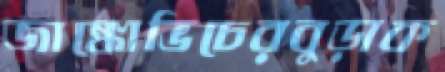
জাঙ্কোভিচেরবুড়াক